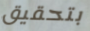
بتحقيق